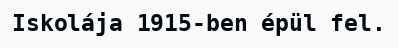
Iskolája 1915-ben épül fel.